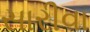
સારીવા